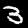
Digit: 3